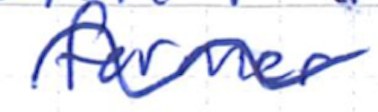
Text: former
Cross-out: wave
Writing tool: ballpoint